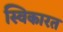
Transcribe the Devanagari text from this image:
स्विकारत